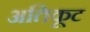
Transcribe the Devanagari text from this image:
अतिकूट